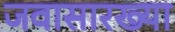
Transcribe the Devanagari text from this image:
जवासारख्या